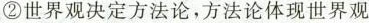
②世界观决定方法论，方法论体现世界观